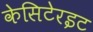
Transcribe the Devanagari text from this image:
केसिटेरइट